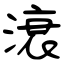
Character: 滖